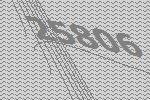
25806